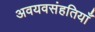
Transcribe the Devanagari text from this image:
अवयवसंहतियाँ